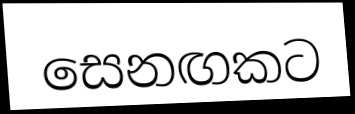
සෙනඟකට